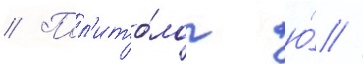
// Пол'ито́лог ю́ //